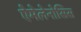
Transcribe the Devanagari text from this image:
ऐमेलेनोसिस